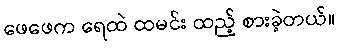
ဖေဖေက ရေထဲ ထမင်း ထည့် စားခဲ့တယ်။